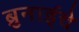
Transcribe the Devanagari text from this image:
ब्रुनाईचे